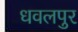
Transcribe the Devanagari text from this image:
धवलपुर